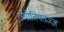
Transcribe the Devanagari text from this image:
ज्योतिषतज्ज्ञ